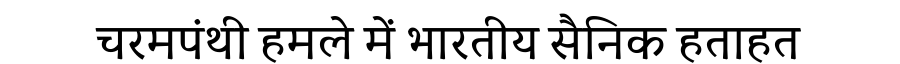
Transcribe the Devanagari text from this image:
चरमपंथी हमले में भारतीय सैनिक हताहत